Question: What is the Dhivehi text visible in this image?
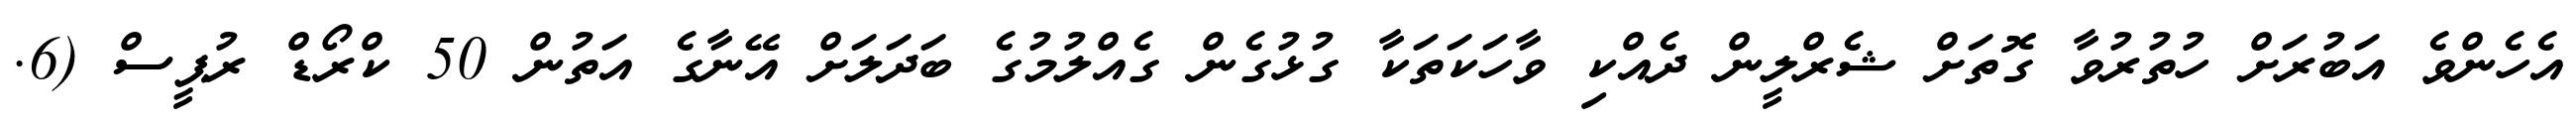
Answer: އެހެންވެ އަބުރަށް ހުތުރުވާ ގޮތަށް ޝެރްލީން ދެއްކި ވާހަކަތަކާ ގުޅުގެން ގެއްލުމުގެ ބަދަލަށް އޭނާގެ އަތުން 50 ކްރޯޑް ރުޕީސް (6.